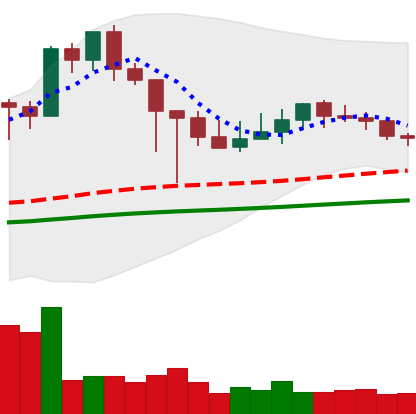
Ticker: XMR-USD
Chart end date: 2021-03-06
Forward return: 8.027%
Label: up_7plus